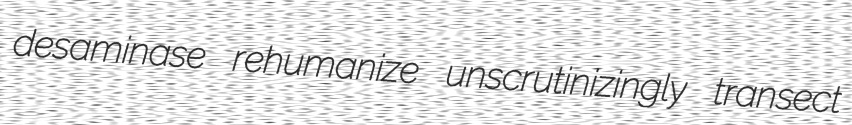
desaminase rehumanize unscrutinizingly transect